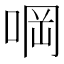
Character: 𠵹